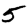
Digit: 5